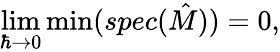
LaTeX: \operatorname*{lim}_{\hbar\to 0}\operatorname*{min}(spec({\hat{M}}))=0,